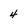
Character: 4